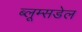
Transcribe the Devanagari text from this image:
ब्लूम्सडेल